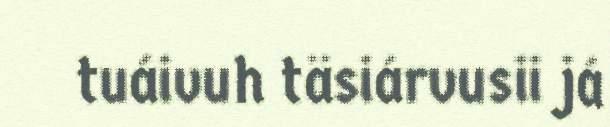
tuáivuh täsiárvusii já